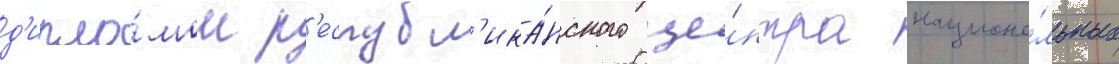
д'ипло́мом р'еспубл'ика́нского це́нтра национа́льных